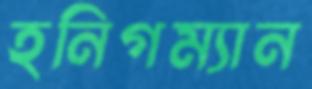
হনিগম্যান